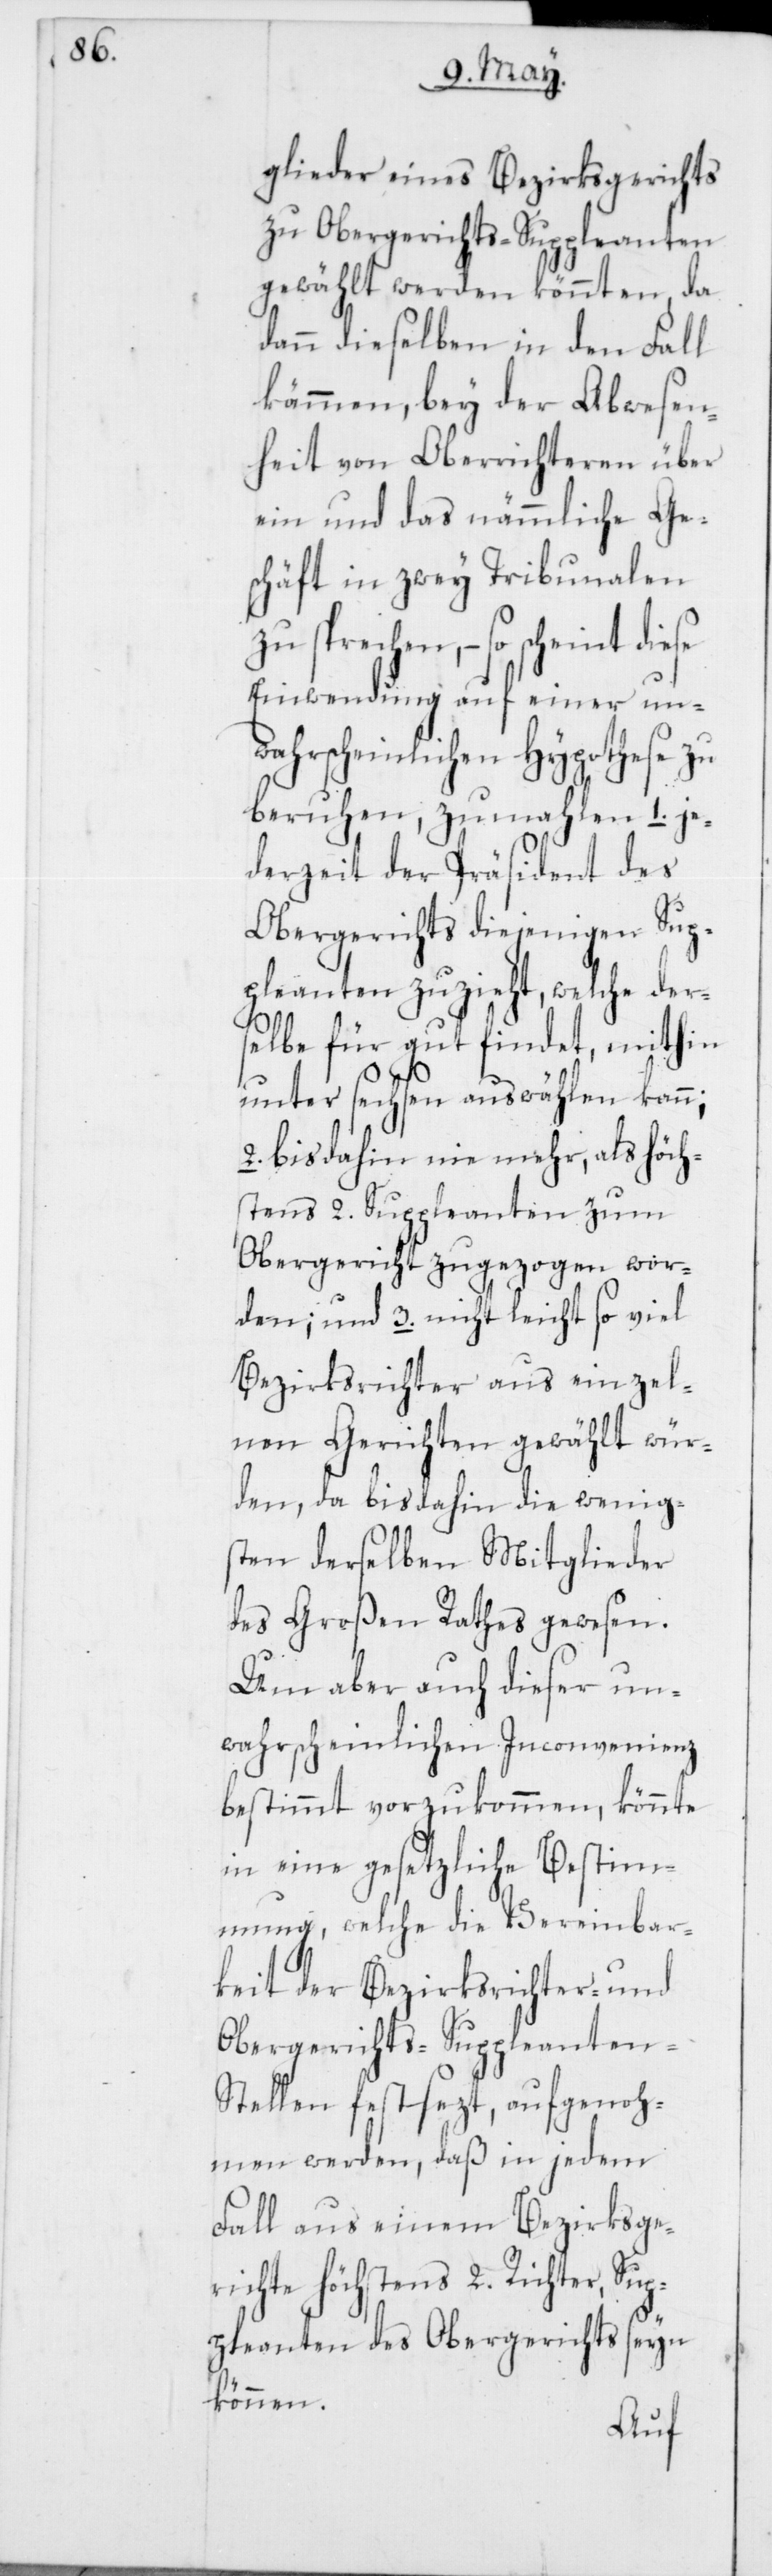
glieder eines Bezirksgerichts
zu Obergerichts-Suppleanten
gewählt werden könnten, da
dann dieselben in den Fall
kämmen, bey der Abwesen¬
heit von Oberrichteren über
ein und das nämmliche Ge¬
schäft in zwey Tribunalen
zu sprechen, – so scheint diese
Einwendung auf einer un¬
wahrscheinlichen Hypothese zu
beruhen, zumahlen 1. je¬
derzeit der Präsident des
Obergerichts diejenigen Sup¬
pleanten zuzieht, welche der¬
selbe für gut findet, mithin
unter sechsen auswählen kann;
2. bis dahin nie mehr, als höch¬
stens 2. Suppleanten zum
Obergericht zugezogen wor¬
den; und 3. nicht leicht so viel
Bezirksrichter aus einzel¬
nen Gerichten gewählt wür¬
den, da bis dahin die wenig¬
sten derselben Mitglieder
des Großen Rathes gewesen.
Um aber auch dieser un¬
wahrscheinlichen Inconvenienz
bestimmt vorzukommen, könnte
in eine gesetzliche Bestim¬
mung, welche die Vereinbar¬
keit der Bezirksrichter- und
Obergerichts-Suppleanten-S¬
tellen festsezt, aufgenoh¬
men werden, daß in jedem
Fall aus einem Bezirksge¬
richte höchstens 2. Richter, Sup¬
pleanten des Obergerichts seyn
können.